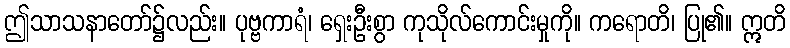
ဤသာသနာတော်၌လည်း။ ပုဗ္ဗကာရံ၊ ရှေးဦးစွာ ကုသိုလ်ကောင်းမှုကို။ ကရောတိ၊ ပြု၏။ ဣတိ